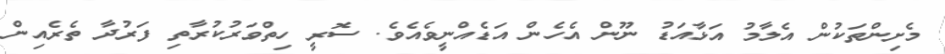
މެށިންތަކުން އެލާމު އަޅާއަޑު ނޫން އެހެން އަޑެއްނީވެއެވެ. ސޮރީ ހިތްވަރުކުރާތި ފަރުދާ ތެރެއިން